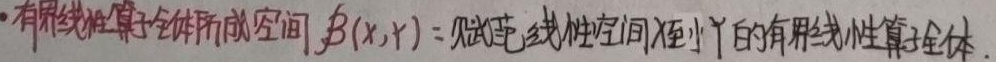
- 有界线性算子全体所成空间，\(\mathcal{B}(X,Y)\)：赋范线性空间 \(X\) 至 \(Y\) 的有界线性算子全体。